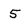
Character: 5